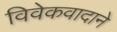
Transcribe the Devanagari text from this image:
विवेकवादाने